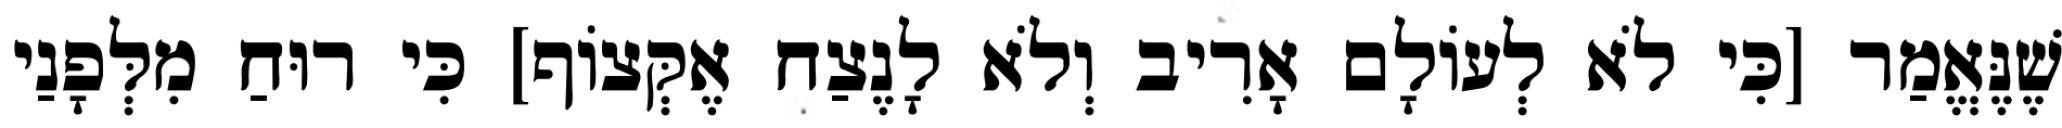
שֶׁנֶּאֱמַר [כִּי לֹא לְעוֹלָם אָרִיב וְלֹא לָנֶצַח אֶקְּצוֹף] כִּי רוּחַ מִלְּפָנַי